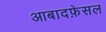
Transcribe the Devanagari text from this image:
आबादफ़ेसल